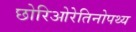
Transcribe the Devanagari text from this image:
छोरिओरेतिनोपथ्य